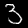
Digit: 3